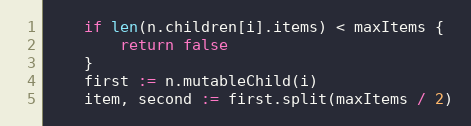
Language: Go
	if len(n.children[i].items) < maxItems {
		return false
	}
	first := n.mutableChild(i)
	item, second := first.split(maxItems / 2)